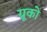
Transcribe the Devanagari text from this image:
ग्रूको